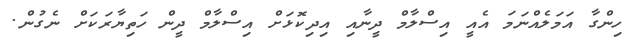
ހިންގާ އަމަލެއްނަމަ އެއީ އިސްލާމް ދީނާއި އިދިކޮޅަށް އިސްލާމް ދީން ހަތިޔާރަކަށް ނެގުން.